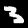
Label: 3